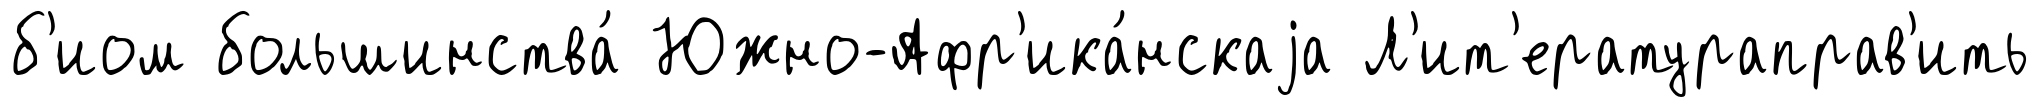
б'иом большинства́ Южно-Афр'ика́нскаjа Л'ит'ератураправ'ить